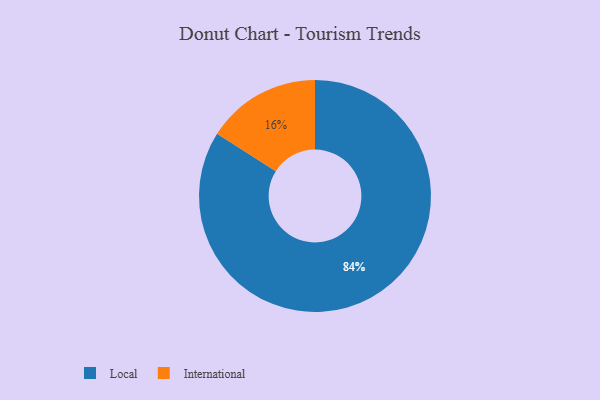
{"axis": {"x": "Category", "y": "Percentage"}, "legend": ["International", "Local"], "data": [{"x": "International", "y": 16, "type": "International"}, {"x": "Local", "y": 84, "type": "Local"}]}